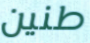
طنين